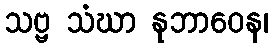
သဗ္ဗ သံဃာ နုဘာဝေန၊